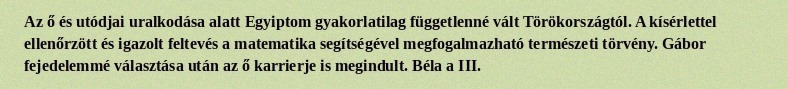
Az ő és utódjai uralkodása alatt Egyiptom gyakorlatilag függetlenné vált Törökországtól. A kísérlettel ellenőrzött és igazolt feltevés a matematika segítségével megfogalmazható természeti törvény. Gábor fejedelemmé választása után az ő karrierje is megindult. Béla a III.